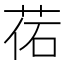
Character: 𦰒